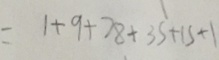
= 1 + 9 + 7 8 + 3 5 + 1 5 + 1